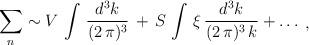
LaTeX: \begin{align*}\begin{array}{c} \displaystyle{ \sum_{n} \sim V\, \int\,\frac{d^{3}k}{(2\,\pi)^{3}}\, + \, S\, \int\,\xi\,\frac{d^{3}k}{(2\,\pi)^{3}\,k} + \dots}\end{array},\end{align*}